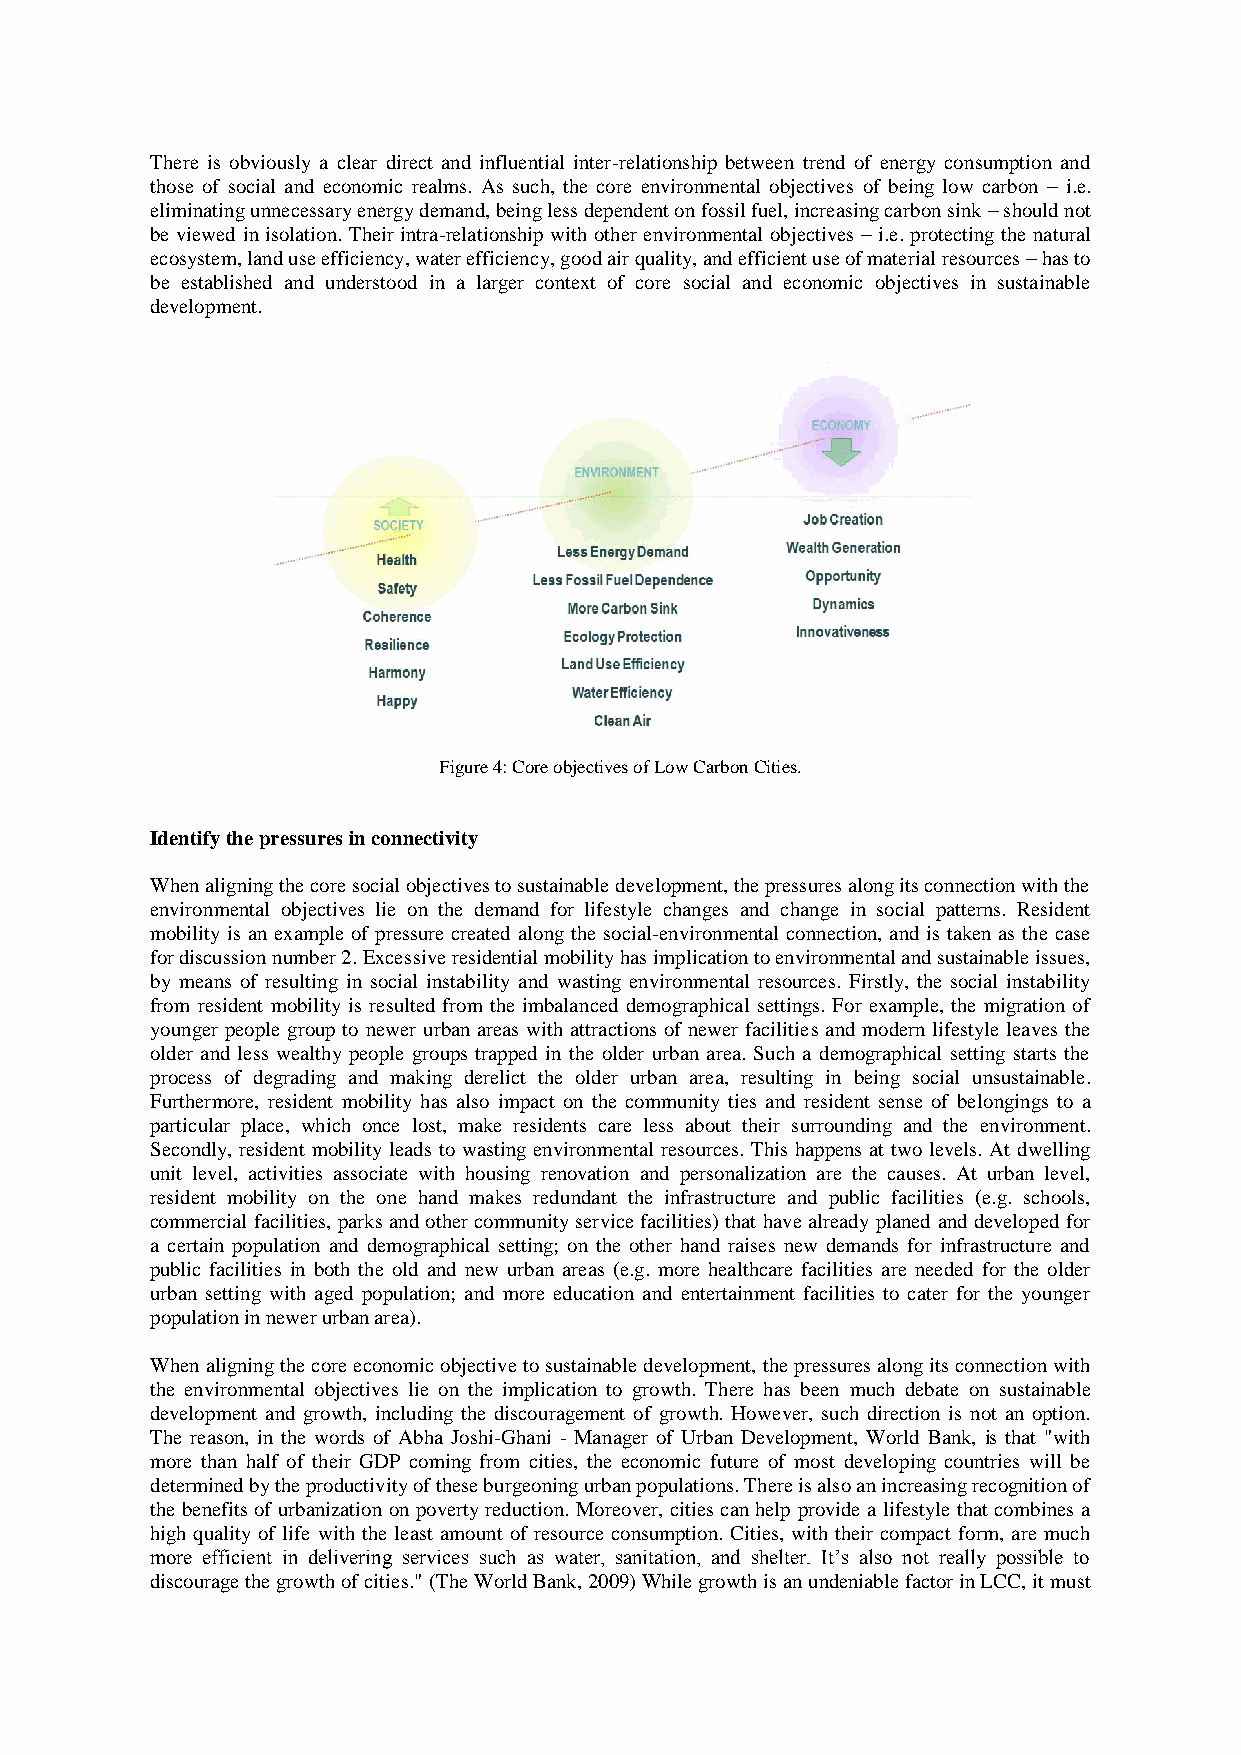
There is obviously a clear direct and influential inter-relationship between trend of energy consumption and
 those of social and economic realms. As such, the core environmental objectives of being low carbon – i.e.
 eliminating unnecessary energy demand, being less dependent on fossil fuel, increasing carbon sink – should not
 be viewed in isolation. Their intra-relationship with other environmental objectives – i.e. protecting the natural
 ecosystem, land use efficiency, water efficiency, good air quality, and efficient use of material resources – has to
 be established and understood in a larger context of core social and economic objectives in sustainable
 development.
 Figure 4: Core objectives of Low Carbon Cities.
 Identify the pressures in connectivity
 When aligning the core social objectives to sustainable development, the pressures along its connection with the
 environmental objectives lie on the demand for lifestyle changes and change in social patterns. Resident
 mobility is an example of pressure created along the social-environmental connection, and is taken as the case
 for discussion number 2. Excessive residential mobility has implication to environmental and sustainable issues,
 by means of resulting in social instability and wasting environmental resources. Firstly, the social instability
 from resident mobility is resulted from the imbalanced demographical settings. For example, the migration of
 younger people group to newer urban areas with attractions of newer facilities and modern lifestyle leaves the
 older and less wealthy people groups trapped in the older urban area. Such a demographical setting starts the
 process of degrading and making derelict the older urban area, resulting in being social unsustainable.
 Furthermore, resident mobility has also impact on the community ties and resident sense of belongings to a
 particular place, which once lost, make residents care less about their surrounding and the environment.
 Secondly, resident mobility leads to wasting environmental resources. This happens at two levels. At dwelling
 unit level, activities associate with housing renovation and personalization are the causes. At urban level,
 resident mobility on the one hand makes redundant the infrastructure and public facilities (e.g. schools,
 commercial facilities, parks and other community service facilities) that have already planed and developed for
 a certain population and demographical setting; on the other hand raises new demands for infrastructure and
 public facilities in both the old and new urban areas (e.g. more healthcare facilities are needed for the older
 urban setting with aged population; and more education and entertainment facilities to cater for the younger
 population in newer urban area).
 When aligning the core economic objective to sustainable development, the pressures along its connection with
 the environmental objectives lie on the implication to growth. There has been much debate on sustainable
 development and growth, including the discouragement of growth. However, such direction is not an option.
 The reason, in the words of Abha Joshi-Ghani - Manager of Urban Development, World Bank, is that "with
 more than half of their GDP coming from cities, the economic future of most developing countries will be
 determined by the productivity of these burgeoning urban populations. There is also an increasing recognition of
 the benefits of urbanization on poverty reduction. Moreover, cities can help provide a lifestyle that combines a
 high quality of life with the least amount of resource consumption. Cities, with their compact form, are much
 more efficient in delivering services such as water, sanitation, and shelter. It’s also not really possible to
 discourage the growth of cities." (The World Bank, 2009) While growth is an undeniable factor in LCC, it must